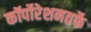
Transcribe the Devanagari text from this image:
कॉर्पोरेशनतर्फे